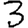
Digit: 3